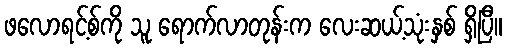
ဖလောရင့်စ်ကို သူ ရောက်လာတုန်းက လေးဆယ့်သုံးနှစ် ရှိပြီ။